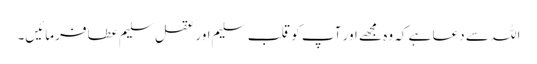
اللہ سے دعا ہے کہ وہ مجھے اور آپ کو قلب ِسلیم اور عقلِ سلیم عطا فرمائیں۔